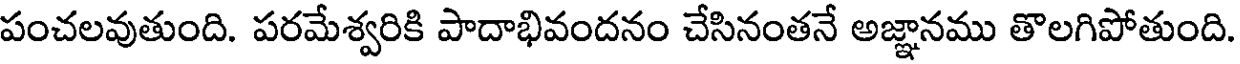
పంచలవుతుంది. పరమేశ్వరికి పాదాభివందనం చేసినంతనే అజ్ఞానము తొలగిపోతుంది.